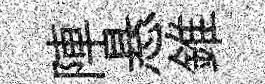
陣悬錐